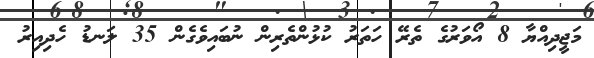
މަޖީދިއްޔާ 8 އޯވަރުގެ ތެރޭ ހަތަރު ކުޅުންތެރިން ނުބައިވެގެން 35 ލަނޑު ހެދިއިރު